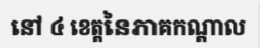
នៅ ៤ ខេត្តនៃភាគកណ្តាល